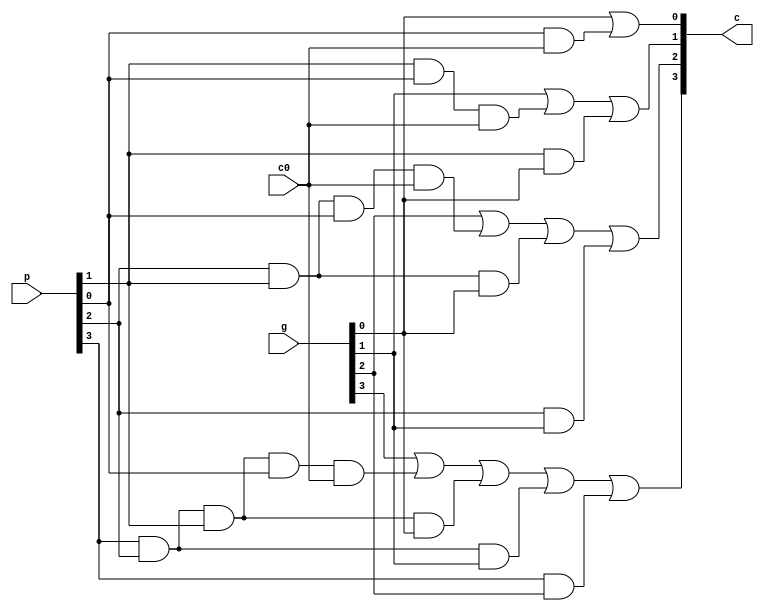
module cll4(
	input [3:0] g, p,
	input c0,
	output [3:0] c);
	
	wire [9:0] tempAnd;
	
	and and1(tempAnd[0], p[0], c0);
	or or1(c[0], g[0], tempAnd[0]);
	
	and and2(tempAnd[1], p[1], p[0], c0);
	and and3(tempAnd[2], p[1], g[0]);
	or or2(c[1], g[1], tempAnd[1], tempAnd[2]);
	
	and and4(tempAnd[3], p[2], p[1], p[0], c0);
	and and5(tempAnd[4], p[2], p[1], g[0]);
	and and6(tempAnd[5], p[2], g[1]);
	or or3(c[2], g[2], tempAnd[3], tempAnd[4], tempAnd[5]);
	
	and and7(tempAnd[6], p[3], p[2], p[1], p[0], c0);
	and and8(tempAnd[7], p[3], p[2], p[1], g[0]);
	and and9(tempAnd[8], p[3], p[2], g[1]);
	and and10(tempAnd[9], p[3], g[2]);
	or or4(c[3], g[3], tempAnd[6], tempAnd[7], tempAnd[8], tempAnd[9]);
endmodule